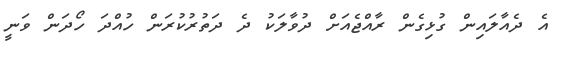
އެ ދެއާލައިން ގުޅިގެން ރާއްޖެއަށް ދުވާލަކު ދެ ދަތުރުކުރަން ހުއްދަ ހޯދަން ވަނީ